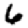
Digit: 6